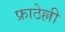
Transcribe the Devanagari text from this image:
फ्राठेल्ली